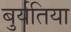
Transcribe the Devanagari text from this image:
बुर्यतिया